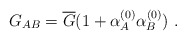
\begin{align*}G_{AB} = \overline G (1 + \alpha^{(0)}_A \alpha^{(0)}_B)\ . \end{align*}